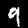
Label: 9